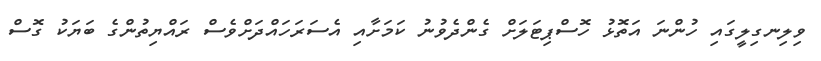
ވިލިނގިލީގައި ހުންނަ އަތޮޅު ހޮސްޕިޓަލަށް ގެންދެވުނު ކަމަށާއި އެސަރަހައްދަށްވެސް ރައްޔިތުންގެ ބަޔަކު ގޮސް